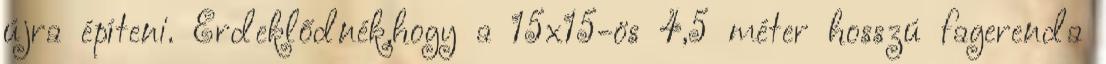
újra építeni. Érdeklődnék,hogy a 15x15-ös 4,5 méter hosszú fagerenda